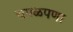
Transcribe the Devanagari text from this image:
चपळपणा